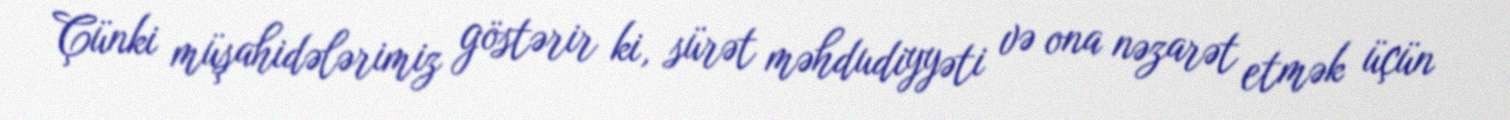
Çünki müşahidələrimiz göstərir ki, sürət məhdudiyyəti və ona nəzarət etmək üçün